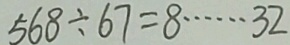
5 6 8 \div 6 7 = 8 \cdots 3 2